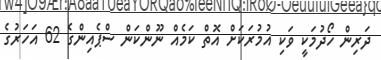
ދަރިން ހޯދުމަކީ ވަކި އުމުރަކަށް އޮތް ކަމެއް ނޫންކަން ސްޕެއިންގެ 62 އަހަރުގެ